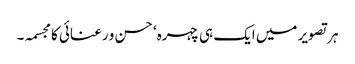
ہر تصویر میں ایک ہی چہرہ‘ حسن و رعنائی کا مجسمہ۔